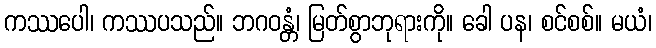
ကဿပေါ၊ ကဿပသည်။ ဘဂဝန္တံ၊ မြတ်စွာဘုရားကို။ ခေါ ပန၊ စင်စစ်။ မယံ၊